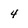
Character: 4